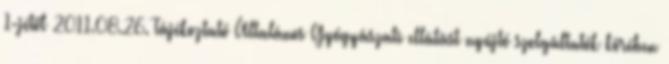
1-jétől 2011.08.26. Tájékoztató Általános Gyógyászati ellátást nyújtó szolgáltatók körében